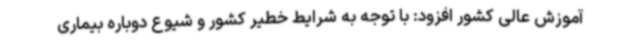
آموزش عالی کشور افزود: با توجه به شرایط خطیر کشور و شیوع دوباره بیماری